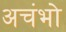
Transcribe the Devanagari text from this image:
अचंभो